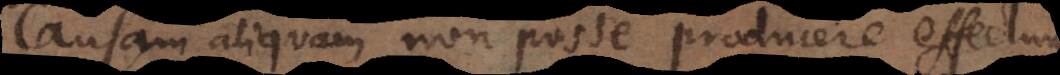
Causam aliquam non posse producere effectum